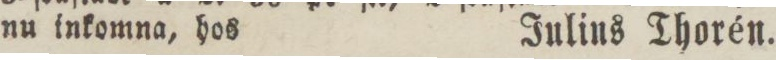
nu inkomna, hos    Julins Thorén.